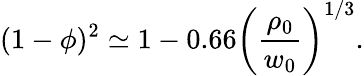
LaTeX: (1-\phi)^{2}\simeq 1-0.66\left(\frac{\rho_{0}}{w_{0}}\right)^{1/3}.